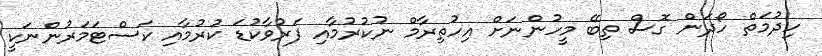
ހިދުމަތް ހޯދަން ގޮސް ތިބޭ މީހުންނަށް އިހުތިރާމް ނުކުރުމާއި ފަރުވާކުޑަ ކުރުމާއި ކަސްޓަމަރުންނަކީ